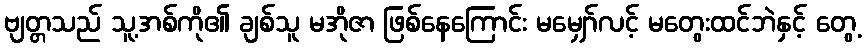
ဗျတ္တသည် သူ့အစ်ကို၏ ချစ်သူ မအိုဇာ ဖြစ်နေကြောင်း မမျှော်လင့် မတွေးထင်ဘဲနှင့် တွေ့